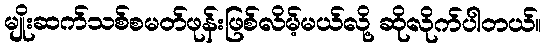
မျိုးဆက်သစ်စမတ်ဖုန်းဖြစ်လိမ့်မယ်လို့ ဆိုလိုက်ပါတယ်။